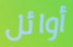
أوائل